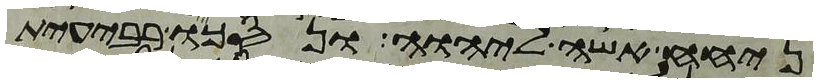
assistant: ניחח אשה ליהוה ונסכו רבעית